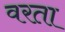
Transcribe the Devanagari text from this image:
वरता